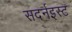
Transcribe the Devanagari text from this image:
सदर्नइस्ट